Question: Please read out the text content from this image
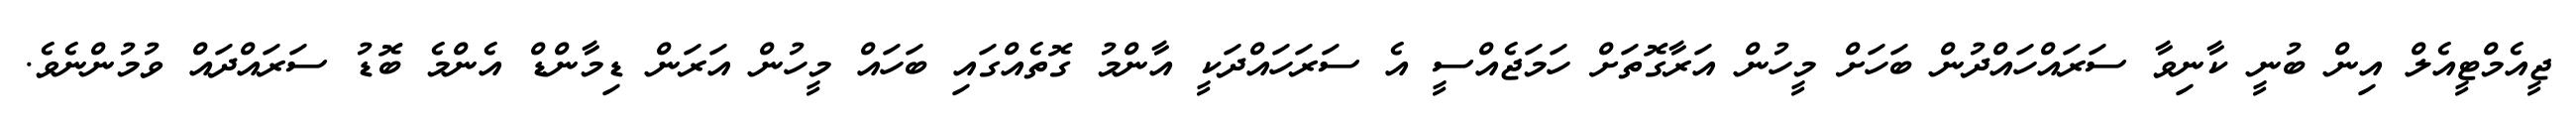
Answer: ޖީއެމްޓީއެލް އިން ބުނީ ކާނިވާ ސަރައްހައްދުން ބަހަށް މީހުން އަރާގޮތަށް ހަމަޖެއްސީ އެ ސަރަހައްދަކީ އާންމު ގޮތެއްގައި ބަހައް މީހުން އަރަން ޑިމާންޑް އެންމެ ބޮޑު ސަރައްދައް ވުމުންނެވެ.